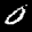
Label: 0